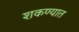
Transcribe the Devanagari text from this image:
शकण्यात